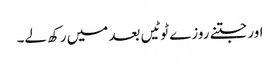
اور جتنے روزے ٹوٹیں بعد میں رکھ لے۔